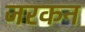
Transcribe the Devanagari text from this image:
जरकन